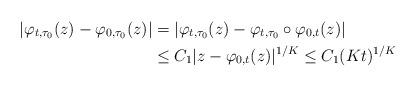
LaTeX: \begin{align*}|\varphi_{t,\tau_0}(z) - \varphi_{0,\tau_0}(z)| &= |\varphi_{t,\tau_0}(z) - \varphi_{t,\tau_0}\circ\varphi_{0,t}(z)|\\& \leq C_1 |z - \varphi_{0,t}(z)|^{1/K} \leq C_1(Kt)^{1/K} \end{align*}